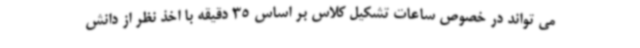
می تواند در خصوص ساعات تشکیل کلاس بر اساس 35 دقیقه با اخذ نظر از دانش